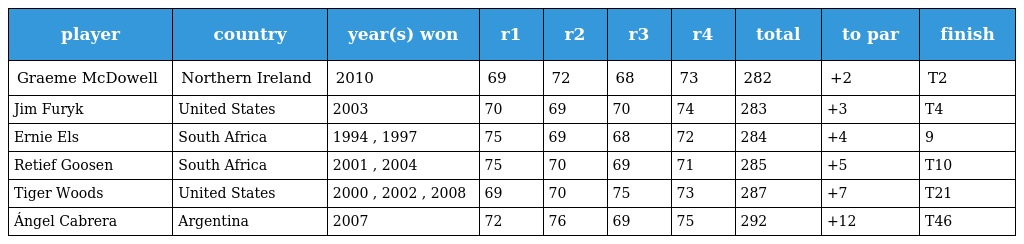
| player | country | year(s) won | r1 | r2 | r3 | r4 | total | to par | finish |
 | --- | --- | --- | --- | --- | --- | --- | --- | --- | --- |
 | Graeme McDowell | Northern Ireland | 2010 | 69 | 72 | 68 | 73 | 282 | +2 | T2 |
 | Jim Furyk | United States | 2003 | 70 | 69 | 70 | 74 | 283 | +3 | T4 |
 | Ernie Els | South Africa | 1994 , 1997 | 75 | 69 | 68 | 72 | 284 | +4 | 9 |
 | Retief Goosen | South Africa | 2001 , 2004 | 75 | 70 | 69 | 71 | 285 | +5 | T10 |
 | Tiger Woods | United States | 2000 , 2002 , 2008 | 69 | 70 | 75 | 73 | 287 | +7 | T21 |
 | Ángel Cabrera | Argentina | 2007 | 72 | 76 | 69 | 75 | 292 | +12 | T46 |